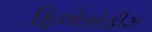
ફિલોસોફીઝ